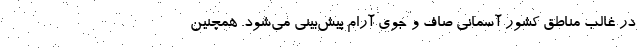
در غالب مناطق کشور آسمانی صاف و جوی آرام پیش‌بینی می‌شود. همچنین